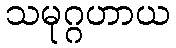
သမုဂ္ဂဟာယ